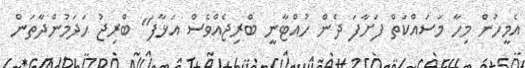
އެމީހުން މިހާ މަސައްކަތް ފަށާފަ ދެން ހުއްޓާނީ ބްރިޖެއްވެސް އަޅާފަ" ބްރިޖު ހަދަމުންދާތަން